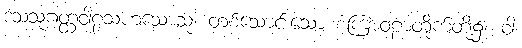
ဒသသုဂတ္ထဝါဠသဟသောသု၊ တစ်သောင်းသော စကြာဝဠာတိုက်တို့၌။ ဝါ၊